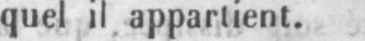
quel il appartient.